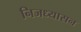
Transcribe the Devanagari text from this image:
निजध्यासन